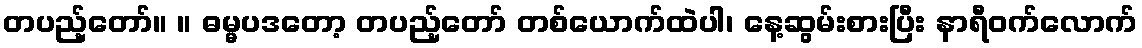
တပည့်တော်။ ။ ဓမ္မပဒတော့ တပည့်တော် တစ်ယောက်ထဲပါ၊ နေ့ဆွမ်းစားပြီး နာရီဝက်လောက်